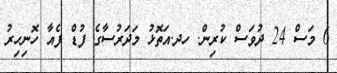
6 މަސް 24 ދުވަސް ކުރިން. ހދ.އަތޮޅު މަދަރުސާގެ ފުޑް ފެއާ ހޮނިހިރު